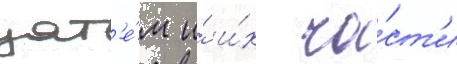
зат'е́м и́ и́х ча́ст'и